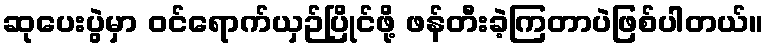
ဆုပေးပွဲမှာ ဝင်ရောက်ယှဉ်ပြိုင်ဖို့ ဖန်တီးခဲ့ကြတာပဲဖြစ်ပါတယ်။